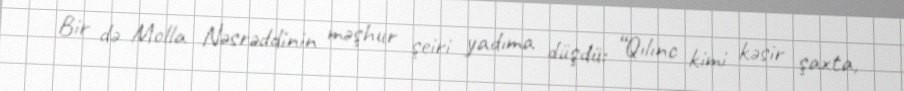
Bir də Molla Nəsrəddinin məşhur şeiri yadıma düşdü: “Qılınc kimi kəsir şaxta,